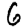
Digit: 6